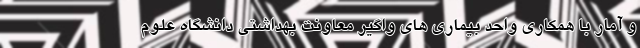
و آمار با همکاری واحد بیماری های واگیر معاونت بهداشتی دانشگاه علوم